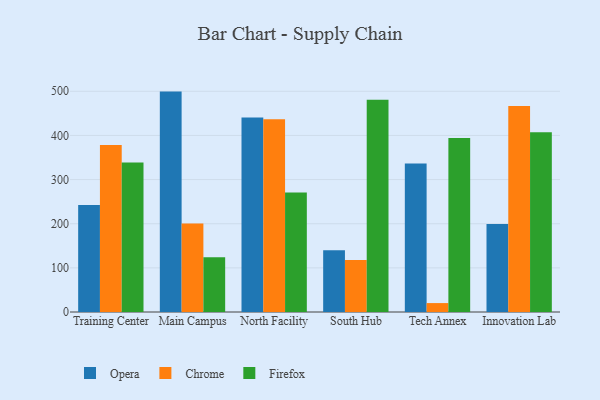
{"axis": {"x": "Campus", "y": "Customer Acquisition Cost (USD)"}, "legend": ["Chrome", "Firefox", "Opera"], "data": [{"x": "Training Center", "y": 242.2, "type": "Opera"}, {"x": "Training Center", "y": 378.5, "type": "Chrome"}, {"x": "Training Center", "y": 338.8, "type": "Firefox"}, {"x": "Main Campus", "y": 499.3, "type": "Opera"}, {"x": "Main Campus", "y": 200.4, "type": "Chrome"}, {"x": "Main Campus", "y": 124.0, "type": "Firefox"}, {"x": "North Facility", "y": 440.7, "type": "Opera"}, {"x": "North Facility", "y": 436.5, "type": "Chrome"}, {"x": "North Facility", "y": 270.8, "type": "Firefox"}, {"x": "South Hub", "y": 140.1, "type": "Opera"}, {"x": "South Hub", "y": 117.9, "type": "Chrome"}, {"x": "South Hub", "y": 480.6, "type": "Firefox"}, {"x": "Tech Annex", "y": 336.4, "type": "Opera"}, {"x": "Tech Annex", "y": 20.2, "type": "Chrome"}, {"x": "Tech Annex", "y": 394.1, "type": "Firefox"}, {"x": "Innovation Lab", "y": 199.4, "type": "Opera"}, {"x": "Innovation Lab", "y": 466.5, "type": "Chrome"}, {"x": "Innovation Lab", "y": 407.1, "type": "Firefox"}]}